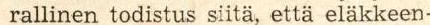
rallinen todistus siitä, että eläkkeen